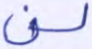
لن